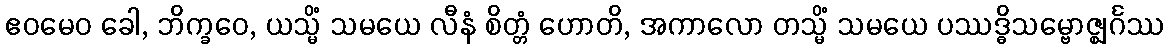
ဧဝမေဝ ခေါ, ဘိက္ခဝေ, ယသ္မိံ သမယေ လီနံ စိတ္တံ ဟောတိ, အကာလော တသ္မိံ သမယေ ပဿဒ္ဓိသမ္ဗောဇ္ဈင်္ဂဿ